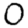
Digit: 0